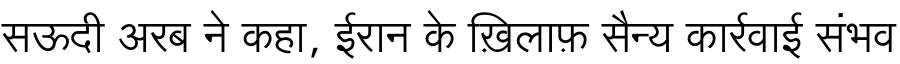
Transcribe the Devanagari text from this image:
सऊदी अरब ने कहा, ईरान के ख़िलाफ़ सैन्य कार्रवाई संभव